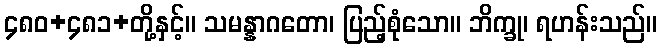
၄၈၀+၄၈၁+တို့နှင့်။ သမန္နာဂတော၊ ပြည့်စုံသော။ ဘိက္ခု၊ ရဟန်းသည်။